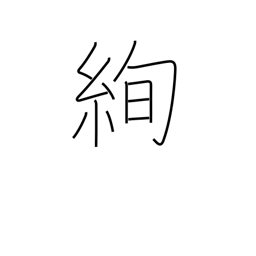
Meaning: brilliant fabric design